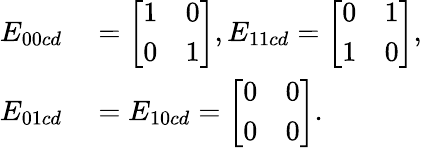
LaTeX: \begin{array}{rl}{E_{00cd}}&{{}=\left[\begin{array}{ll}{1}&{0}\\ {0}&{1}\end{array}\right],E_{11cd}=\left[\begin{array}{ll}{0}&{1}\\ {1}&{0}\end{array}\right],}\\ {E_{01cd}}&{{}=E_{10cd}=\left[\begin{array}{ll}{0}&{0}\\ {0}&{0}\end{array}\right].}\end{array}